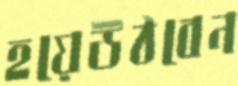
হয়েউঠবেন